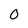
Character: O